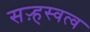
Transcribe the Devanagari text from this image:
सऱ्हस्वत्व